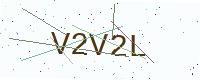
Text: V2V2L